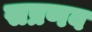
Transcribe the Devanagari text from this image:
सप्रणव